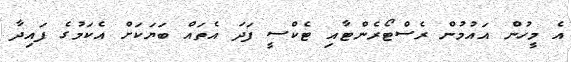
އެ މީހުން އައުމުން ރެސްޓޯރެންޓާއި ޓެކްސީ ފަދަ އެތައް ބަޔަކަށް އެކަމުގެ ފައިދާ